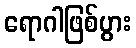
ရောဂါဖြစ်ပွား